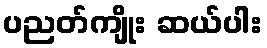
ပညတ်ကျိုး ဆယ်ပါး